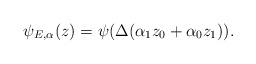
LaTeX: \begin{align*}\psi_{E,\alpha}(z) = \psi(\Delta(\alpha_1 z_0 + \alpha_0 z_1)). \end{align*}